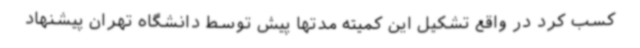
کسب کرد در واقع تشکیل این کمیته مدتها پیش توسط دانشگاه تهران پیشنهاد